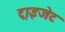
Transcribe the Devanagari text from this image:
ट्राइजेट